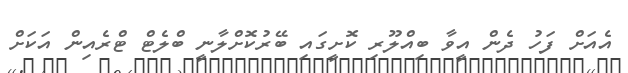
އެއަށް ފަހު ދެން އީވާ ބިއްލޫރި ކޮށީގައި ބޭރުކޮށްލާނީ ބްލެޓް ޓްރެއިން އަކަށް